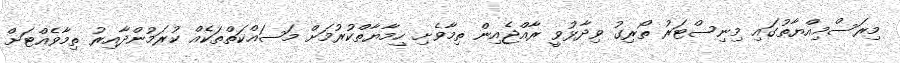
މިރަސްމިއްޔާތުގައި މިނިސްޓަރު ތޯރިގު ވިދާޅުވީ ރާއްޖެއިން ތިމާވެށި ހިމާޔާތްކުރުމަށް މަސައްކަތްތަކެއް ކުރަމުންދާއިރު ތިމާވެއްޓަށް